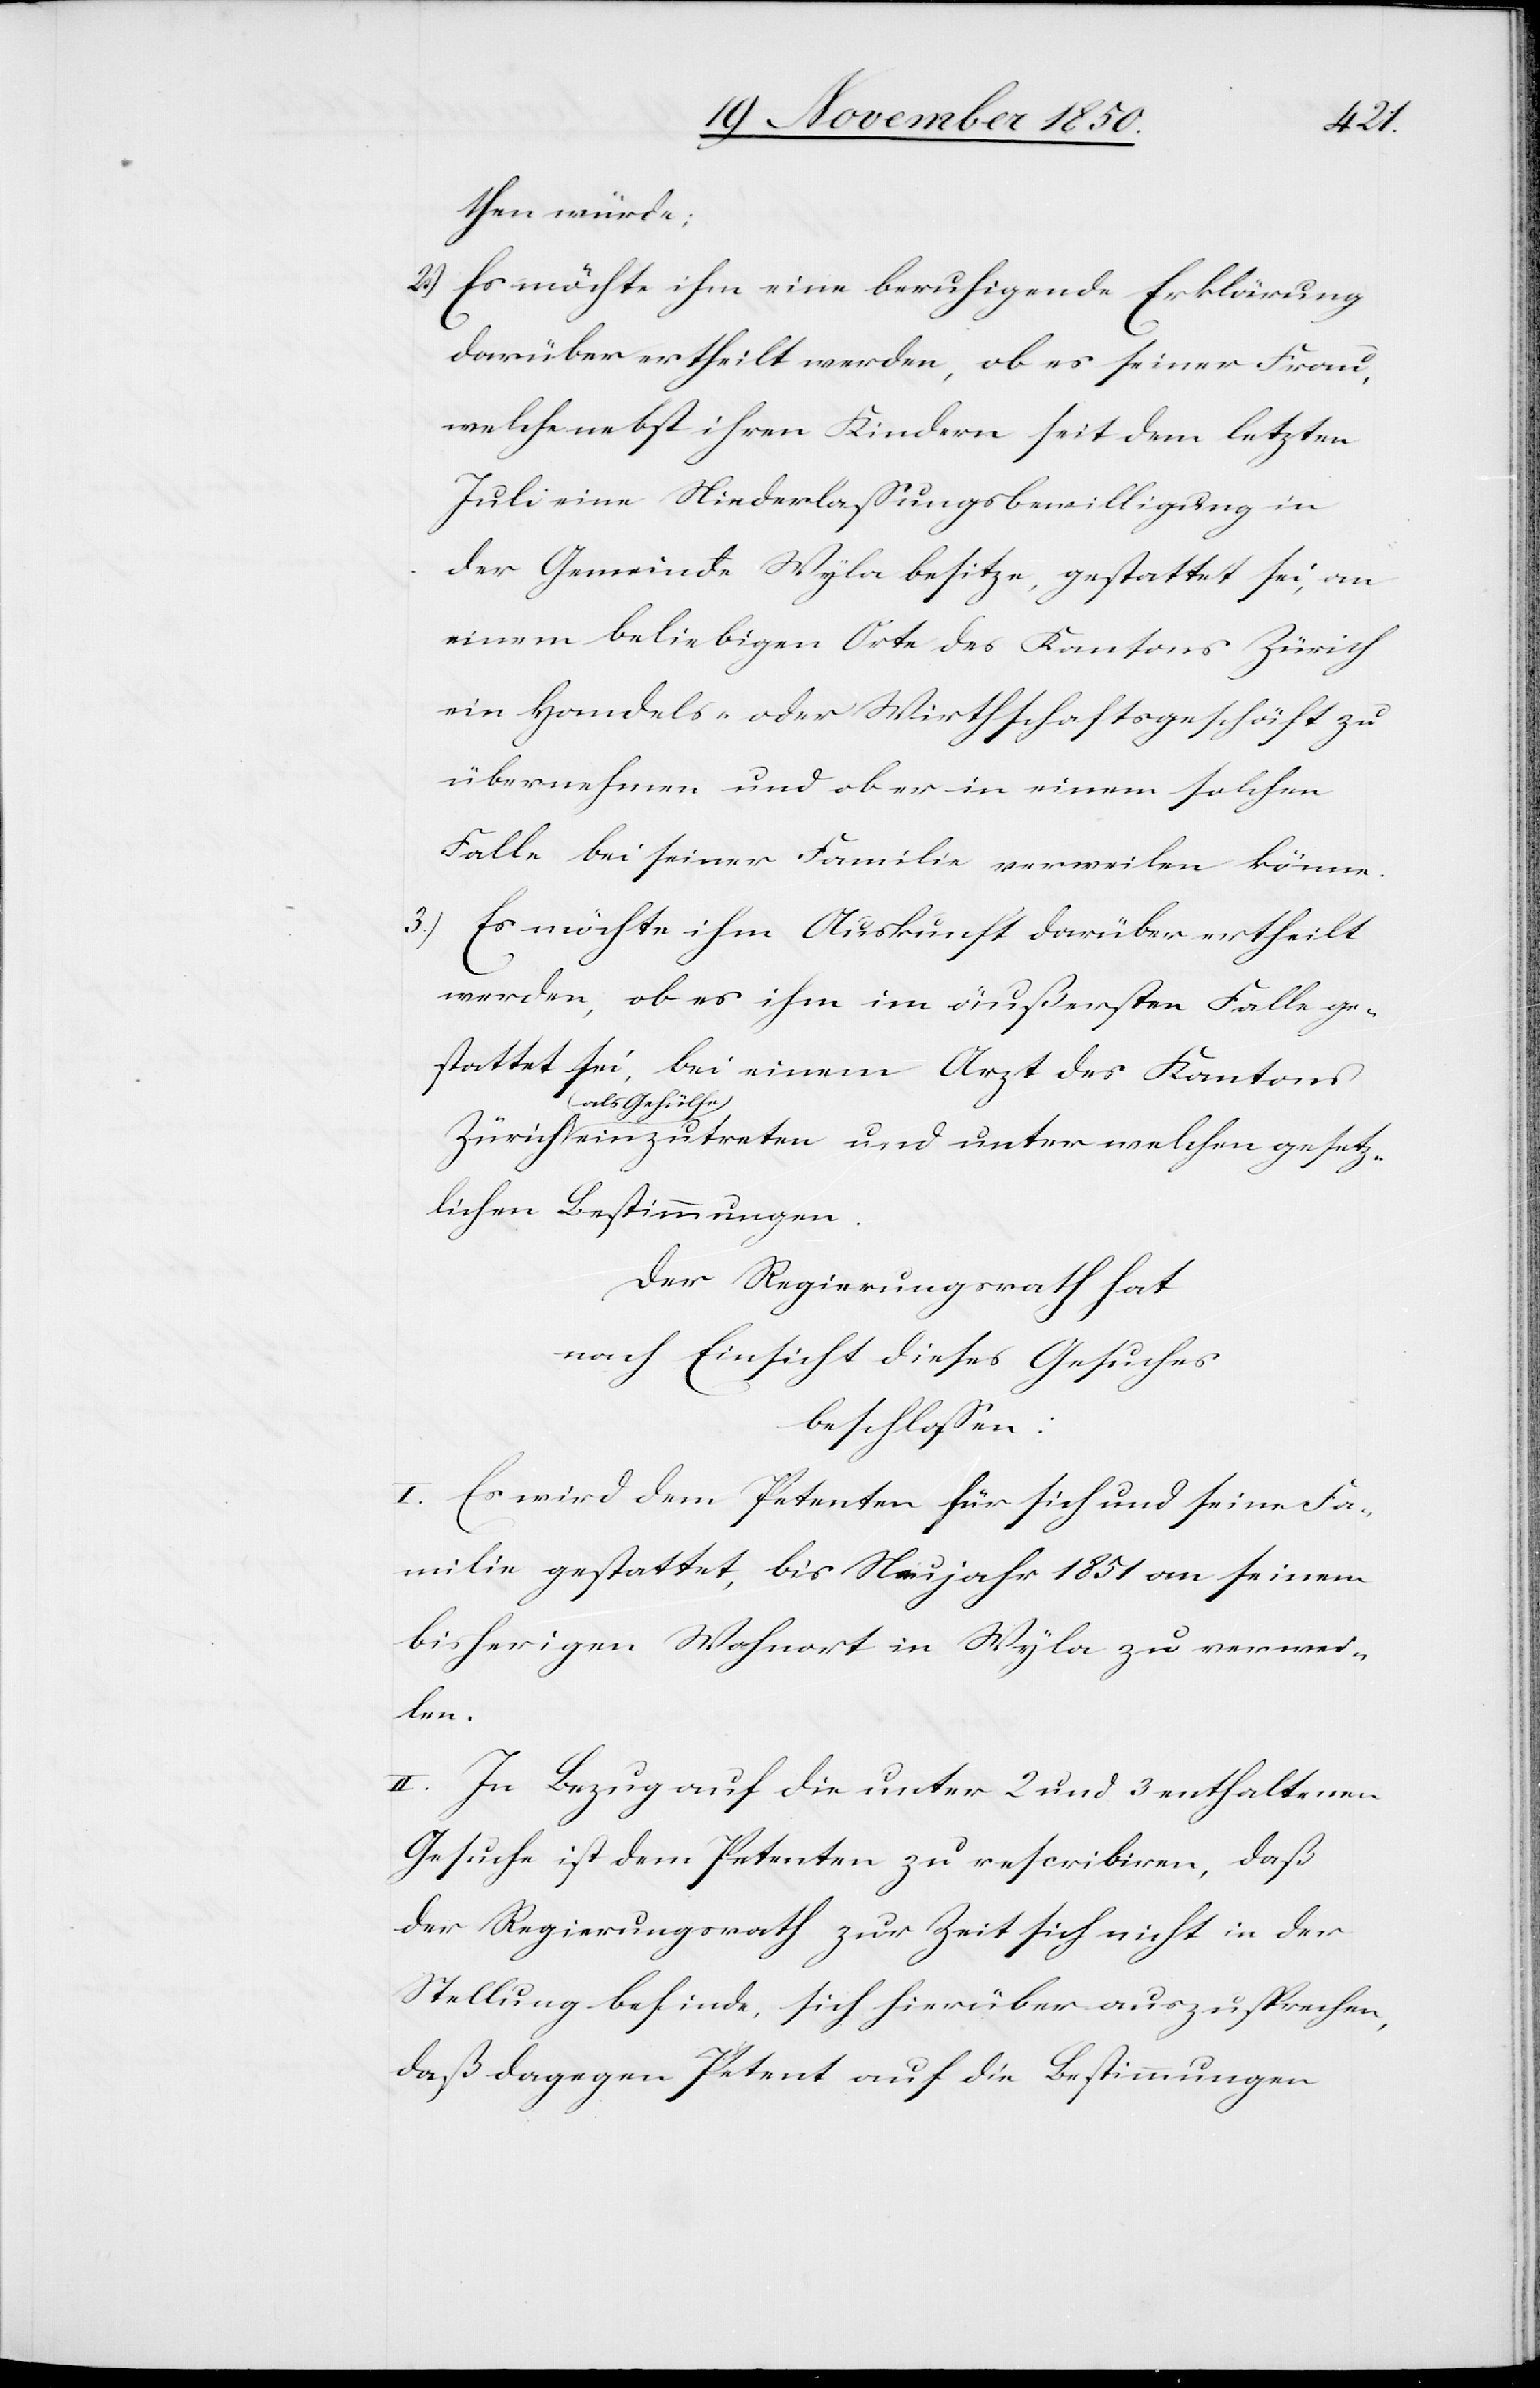
then würde;
2.) Es möchte ihm eine beruhigende Erklärung
darüber ertheilt werden, ob es seiner Frau,
welche nebst ihren Kindern seit dem letzten
Juli eine Niederlassungsbewilligung in
der Gemeinde Wyla besitze, gestattet sei, an
einem beliebigen Orte des Kantons Zürich
ein Handels- oder Wirthschaftsgeschäft zu
übernehmen und ob er in einem solchen
Falle bei seiner Familie verweilen könne.
3.) Es möchte ihm Auskunft darüber ertheilt
werden, ob es ihm im äußersten Falle ge¬
stattet sei, bei einem Arzt des Kantons
als Gehülfe
einzutreten und unter welchen gesetz¬
lichen Bestimmungen.
Der Regierungsrath hat
nach Einsicht dieses Gesuches
beschlossen:
I. Es wird dem Petenten für sich und seine Fa¬
milie gestattet, bis Neujahr 1851 an seinem
bisherigen Wohnort in Wyla zu verwei¬
len.
II. In Bezug auf die unter 2 und 3 enthaltenen
Gesuche ist dem Petenten zu rescribiren, daß
der Regierungsrath zur Zeit sich nicht in der
Stellung befinde, sich hierüber auszusprechen,
daß dagegen Petent auf die Bestimmungen